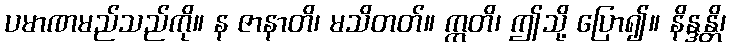
ပမာဏမည်သည်ကို။ န ဇာနာတိ၊ မသိတတ်။ ဣတိ၊ ဤသို့ ပြော၍။ နိန္ဒန္တိ၊